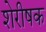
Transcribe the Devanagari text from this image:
शेरीषक